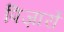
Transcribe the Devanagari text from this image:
पिज़ार्रो